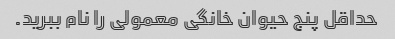
حداقل پنج حیوان خانگی معمولی را نام ببرید.